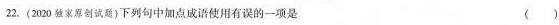
2. ( 2020独家原创试题 )下列句中加点成语使用有误的一项是 ()